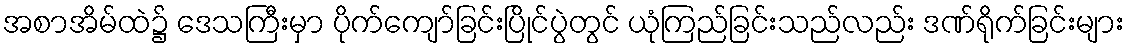
အစာအိမ်ထဲ၌ ဒေသကြီးမှာ ပိုက်ကျော်ခြင်းပြိုင်ပွဲတွင် ယုံကြည်ခြင်းသည်လည်း ဒဏ်ရိုက်ခြင်းများ